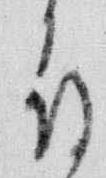
局